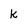
Character: k